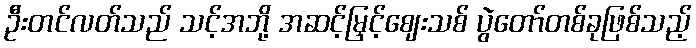
ဦးတင်လတ်သည် သင့်အဘို့ အဆင့်မြှင့်ဈေးသစ် ပွဲတော်တစ်ခုဖြစ်သည့်